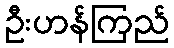
ဦးဟန်ကြည်